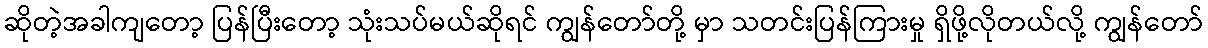
ဆိုတဲ့အခါကျတော့ ပြန်ပြီးတော့ သုံးသပ်မယ်ဆိုရင် ကျွန်တော်တို့ မှာ သတင်းပြန်ကြားမှု ရှိဖို့လိုတယ်လို့ ကျွန်တော်